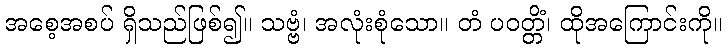
အစေ့အစပ် ရှိသည်ဖြစ်၍။ သဗ္ဗံ၊ အလုံးစုံသော။ တံ ပဝတ္တိံ၊ ထိုအကြောင်းကို။